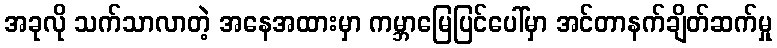
အခုလို သက်သာလာတဲ့ အနေအထားမှာ ကမ္ဘာမြေပြင်ပေါ်မှာ အင်တာနက်ချိတ်ဆက်မှု